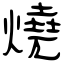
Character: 燒